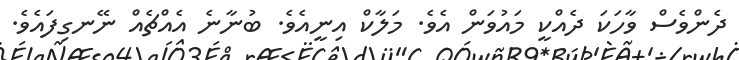
ދެންވެސް ވާހަކަ ދެއްކީ މައުވަން އެވެ. މަލާކް އިނީއެވެ. ބުނާނެ އެއްޗެއް ނޭނގިފައެވެ.